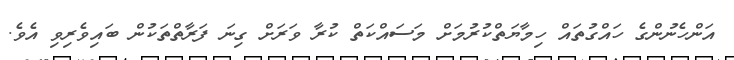
އަންހެނުންގެ ހައްގުތައް ހިމާޔަތްކުރުމަށް މަސައްކަތް ކުރާ ވަރަށް ގިނަ ފަރާތްތަކުން ބައިވެރިވި އެވެ.